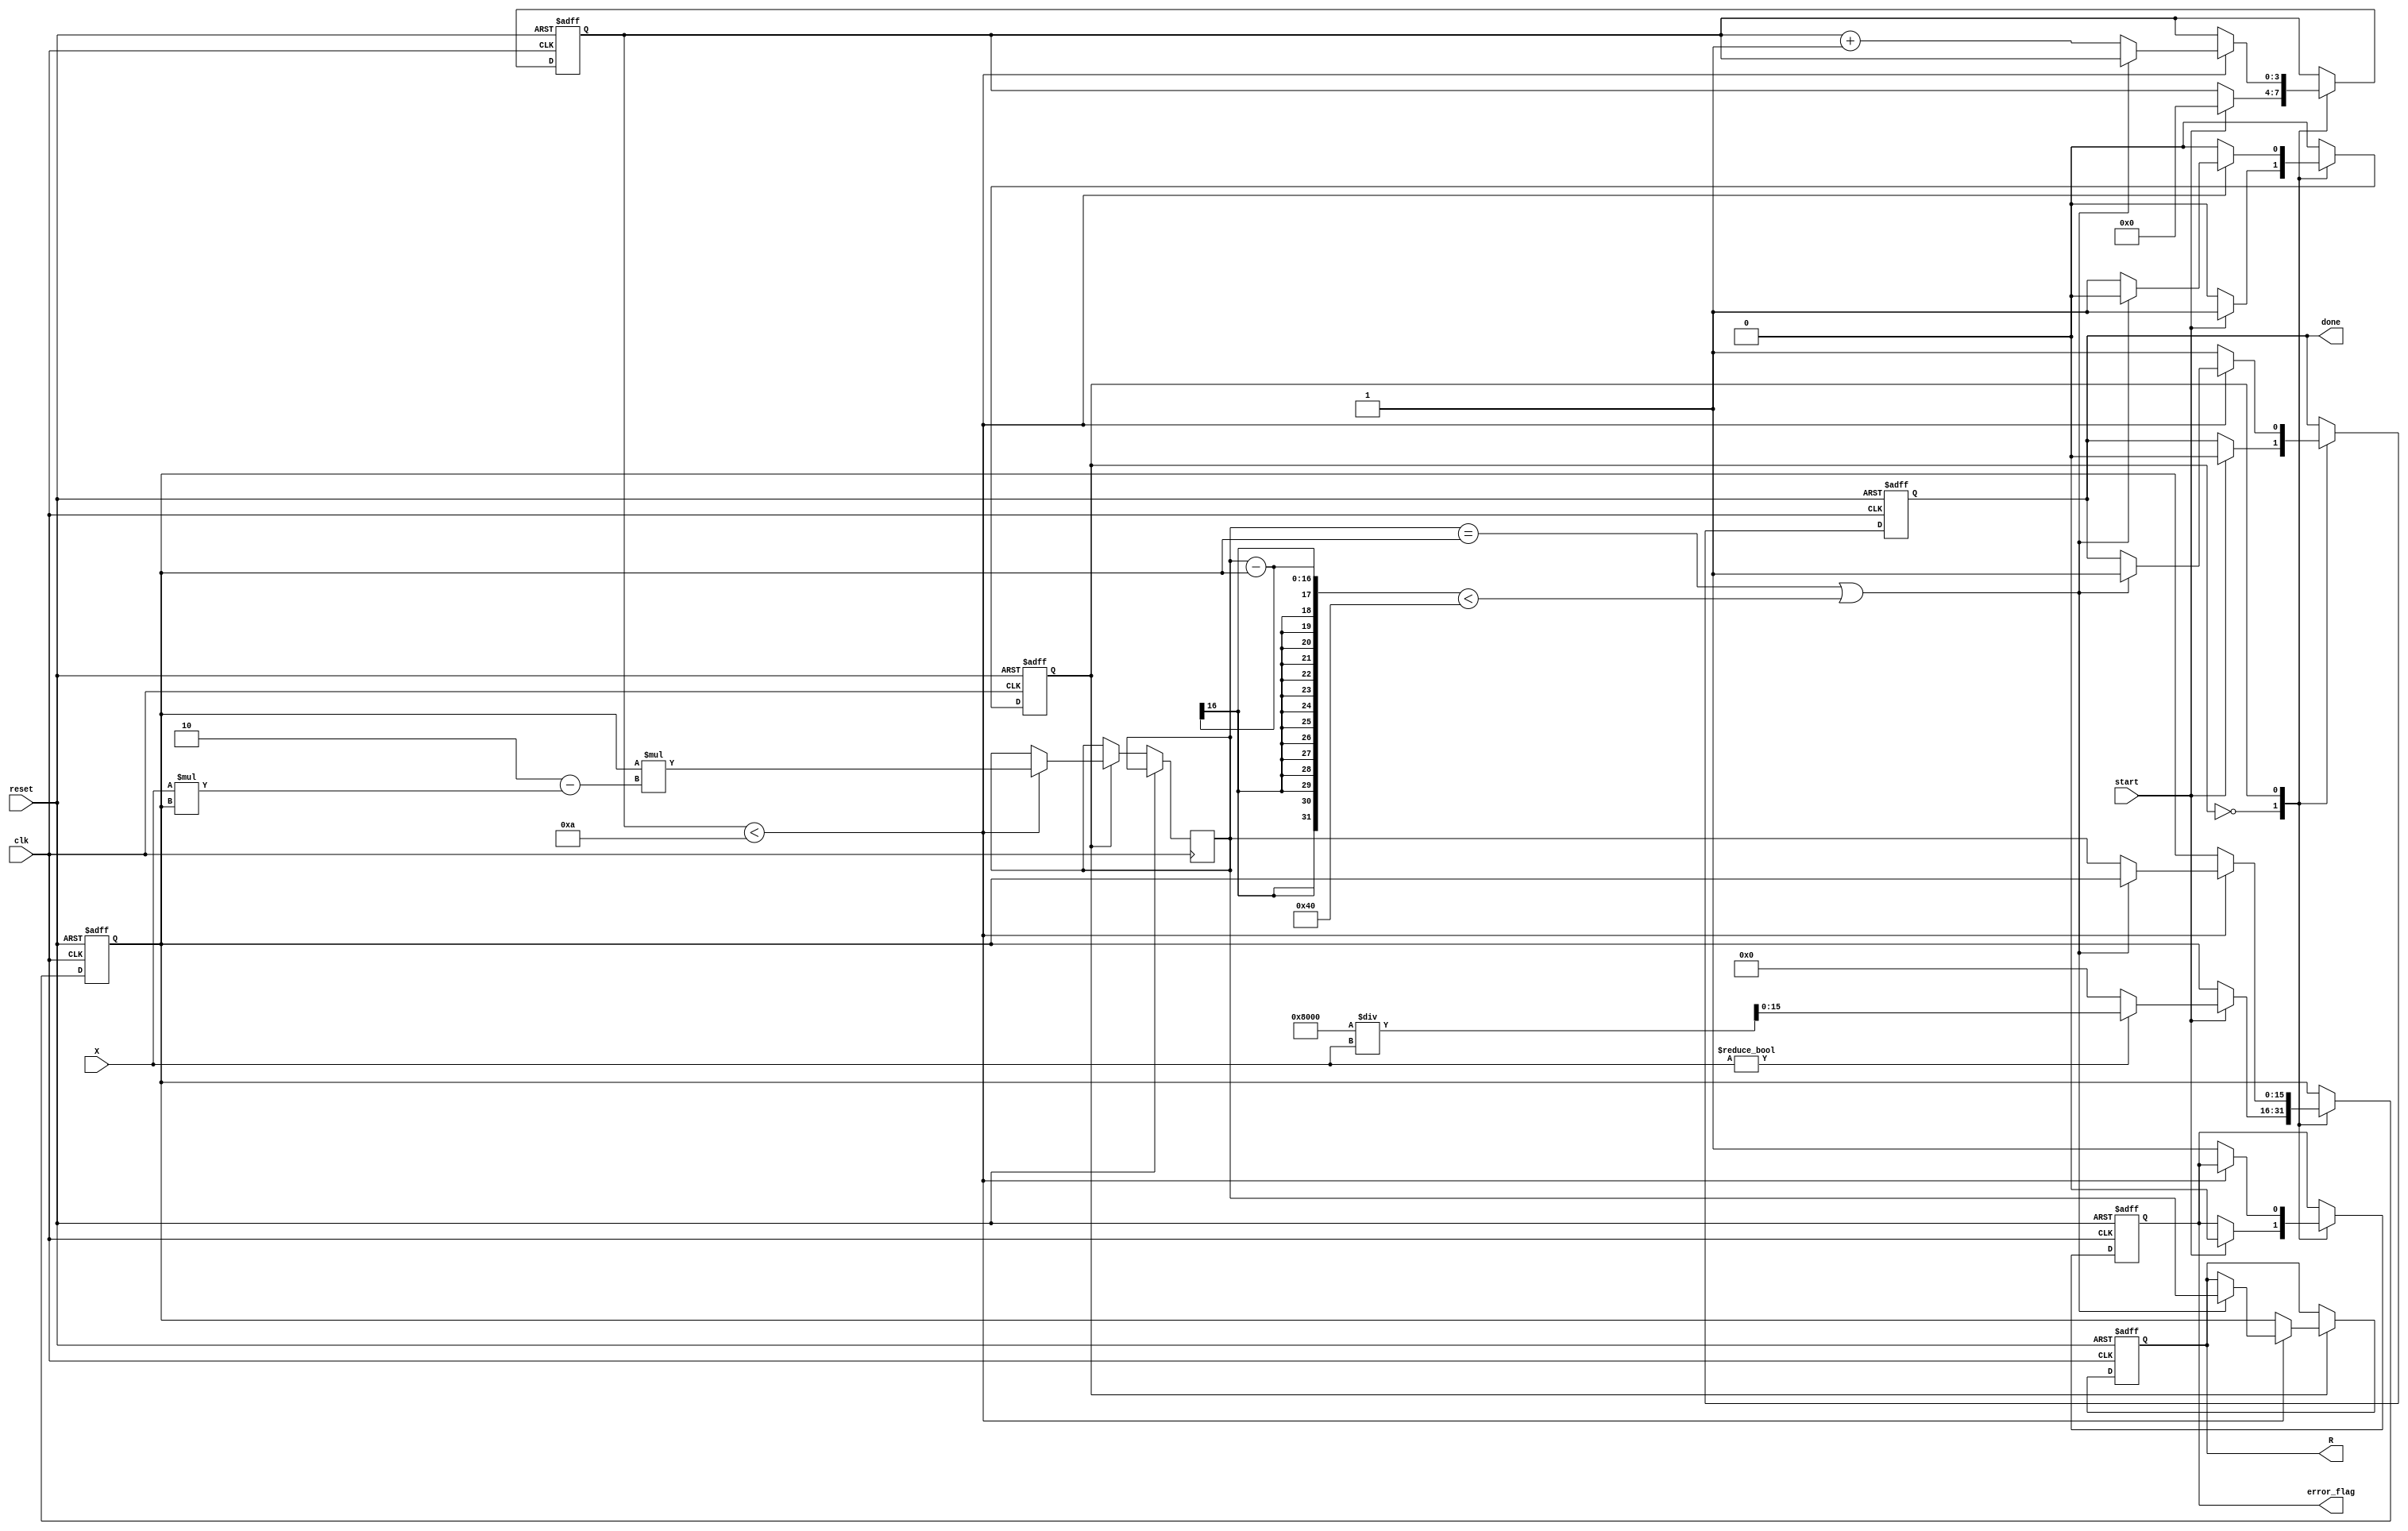
module NewtonRaphsonReciprocal #(
    parameter WIDTH = 16,          // Width of fixed-point representation
    parameter MAX_ITERATIONS = 10  // Maximum iterations for convergence
)(
    input wire clk,
    input wire reset,
    input wire start,
    input wire [WIDTH-1:0] X,     // Input value (normalized in [0, 1])
    output reg [WIDTH-1:0] R,      // Reciprocal output
    output reg done,               // Indicates computation is done
    output reg error_flag          // Indicates if an error occurred
);

    reg [WIDTH-1:0] Y;             // Current estimate
    reg [WIDTH-1:0] Y_next;        // Next estimate
    reg [3:0] iteration_count;      // Iteration counter
    reg [WIDTH-1:0] prev_Y;        // Previous estimate
    reg fsm_state;                 // FSM state

    localparam IDLE = 1'b0;
    localparam ITERATE = 1'b1;

    always @(posedge clk or posedge reset) begin
        if (reset) begin
            R <= 0;
            done <= 0;
            error_flag <= 0;
            iteration_count <= 0;
            Y <= 0;
            prev_Y <= 0;
            fsm_state <= IDLE;
        end else begin
            case (fsm_state)
                IDLE: begin
                    if (start) begin
                        // Initialize Y0 as a constant guess (Y0 = 1)
                        Y <= (X != 0) ? (1 << (WIDTH-1)) / X : 0; // Y0 = 1/X
                        prev_Y <= 0;
                        iteration_count <= 0;
                        done <= 0;
                        error_flag <= 0;
                        fsm_state <= ITERATE;
                    end
                end
                
                ITERATE: begin
                    if (iteration_count < MAX_ITERATIONS) begin
                        // Compute the next estimate using Newton-Raphson formula
                        Y_next <= Y * (2 - X * Y);
                        
                        // Check for convergence (if Y_next and Y are close enough)
                        if (Y_next == Y || (Y_next - Y) < (1 << (WIDTH - 10))) begin
                            R <= Y_next;  // Set the output to the current estimate
                            done <= 1;     // Indicate completion
                            fsm_state <= IDLE; // Go back to IDLE state
                        end else begin
                            // Update for next iteration
                            prev_Y <= Y;
                            Y <= Y_next;
                            iteration_count <= iteration_count + 1;
                        end
                    end else begin
                        // Max iterations reached without convergence
                        error_flag <= 1;  // Set the error flag
                        R <= Y;           // Output the last estimate
                        done <= 1;        // Indicate completion
                        fsm_state <= IDLE; // Go back to IDLE state
                    end
                end

                default: fsm_state <= IDLE; // Safety default
            endcase
        end
    end

endmodule